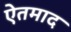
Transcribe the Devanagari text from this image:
ऐतमाद